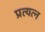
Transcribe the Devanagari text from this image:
प्रत्यत्न